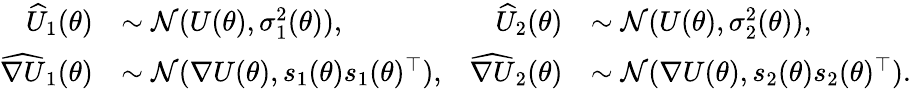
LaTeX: \begin{array}{rlrl}{\widehat U_{1}(\theta)}&{\sim\mathcal{N}(U(\theta),\sigma_{1}^{2}(\theta)),}&{\widehat U_{2}(\theta)}&{\sim\mathcal{N}(U(\theta),\sigma_{2}^{2}(\theta)),}\\ {\widehat{\nabla U}_{1}(\theta)}&{\sim\mathcal{N}(\nabla U(\theta),s_{1}(\theta)s_{1}(\theta)^{\top}),}&{\widehat{\nabla U}_{2}(\theta)}&{\sim\mathcal{N}(\nabla U(\theta),s_{2}(\theta)s_{2}(\theta)^{\top}).}\end{array}